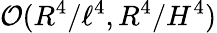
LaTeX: \mathcal{O}(R^{4}/\ell^{4},R^{4}/H^{4})